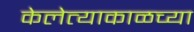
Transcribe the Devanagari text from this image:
केलेत्याकाळच्या